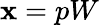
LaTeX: \mathbf{x}=pW